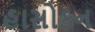
હાસોકન